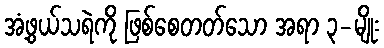
အံ့ဖွယ်သရဲကို ဖြစ်စေတတ်သော အရာ ၃-မျိုး